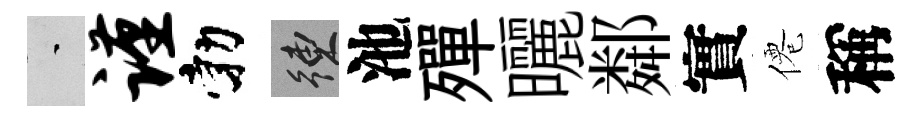
蒙谨勃練池殫曬鄰實僊稱